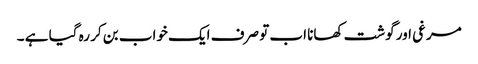
مرغی اور گوشت کھانا اب تو صرف ایک خواب بن کر رہ گیا ہے ۔